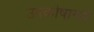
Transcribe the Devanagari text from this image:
उपकोषागारे